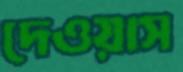
দেওয়াস